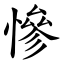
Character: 慘